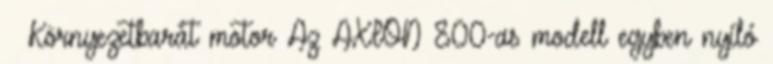
– Környezetbarát motor Az AXION 800-as modell egyben nyíló